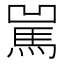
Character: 𩡿